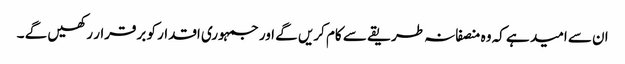
ان سے امید ہے کہ وہ منصفانہ طریقے سے کام کریں گے اور جمہوری اقدار کو برقرار رکھیں گے ۔